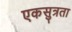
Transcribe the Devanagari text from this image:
एकसुत्रता